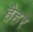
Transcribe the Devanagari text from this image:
हैहर